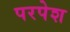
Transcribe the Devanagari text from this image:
परपेश